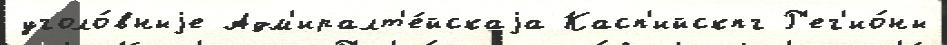
уголо́вныjе Адм'иралт'е́йскаjа Касп'ийскпг Р'ег'ио́ны